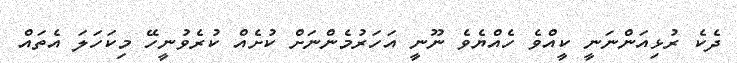
ދެކެ ރުޅިއަންނަނީ ކީއްވެ ހެއްޔެވެ ނޫނީ އަހަރުމެންނަށް ކުށެއް ކުރެވުނީހޭ މިކަހަލަ އެތައް